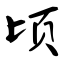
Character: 顷